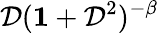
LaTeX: \mathcal{D}({\mathbf{1}}+\mathcal{D}^{2})^{-\beta}